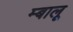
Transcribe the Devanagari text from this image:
म्बालू